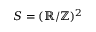
S = ( \mathbb { R } / \mathbb { Z } ) ^ { 2 }